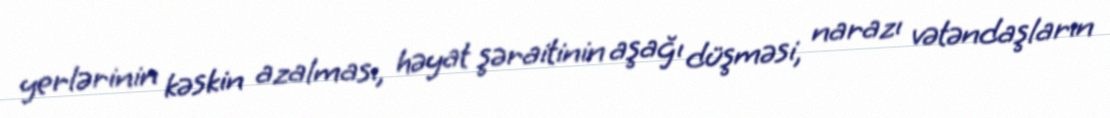
yerlərinin kəskin azalması, həyat şəraitinin aşağı düşməsi, narazı vətəndaşların